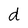
Character: d